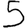
Digit: 5